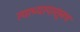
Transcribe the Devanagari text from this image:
त्याच्यापासूनच